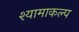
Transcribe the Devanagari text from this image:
श्यामाकल्प